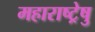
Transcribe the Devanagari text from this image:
महाराष्ट्रेषु